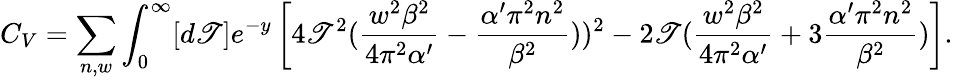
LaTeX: C_{V}=\sum_{n,w}\int_{0}^{\infty}[d\mathscr{T}]e^{-y}\left[4\mathscr{T}^{2}({\frac{{w^{2}\beta^{2}}}{{4\pi^{2}\alpha^{\prime}}}}-{\frac{{\alpha^{\prime}\pi^{2}n^{2}}}{{\beta^{2}}}}))^{2}-2\mathscr{T}({\frac{{w^{2}\beta^{2}}}{{4\pi^{2}\alpha^{\prime}}}}+3{\frac{{\alpha^{\prime}\pi^{2}n^{2}}}{{\beta^{2}}}})\right].